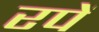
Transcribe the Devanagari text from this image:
रपें